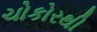
ચોકોરથી